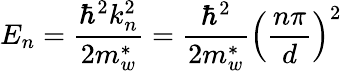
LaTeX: E_{n}={\frac{\hbar^{2}k_{n}^{2}}{2m_{w}^{*}}}={\frac{\hbar^{2}}{2m_{w}^{*}}}\left({\frac{n\pi}{d}}\right)^{2}